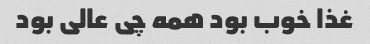
غذا خوب بود همه چی عالی بود